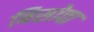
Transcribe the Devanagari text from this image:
बिसोवा